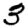
Digit: 3